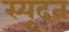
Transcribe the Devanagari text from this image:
स्यूदत